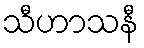
သီဟာသနီ